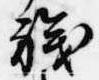
職